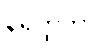
နိရတ္ထိကာ